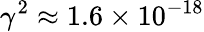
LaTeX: \gamma^{2}\approx 1.6\times 10^{-18}